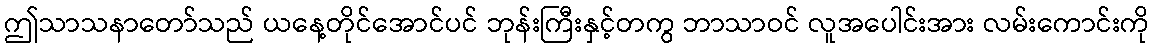
ဤသာသနာတော်သည် ယနေ့တိုင်အောင်ပင် ဘုန်းကြီးနှင့်တကွ ဘာသာဝင် လူအပေါင်းအား လမ်းကောင်းကို